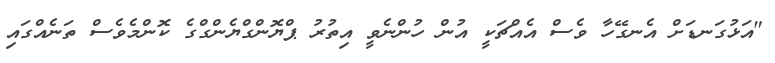
"އަޅުގަނޑަށް އެނގޭހާ ވެސް އެއްޗަކީ އުން ހުންނެވީ އިތުރު ޕްޔޮންގްޔެންގްގެ ކޮންމެވެސް ތަނެއްގައި